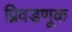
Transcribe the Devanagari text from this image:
प्निवडणूक